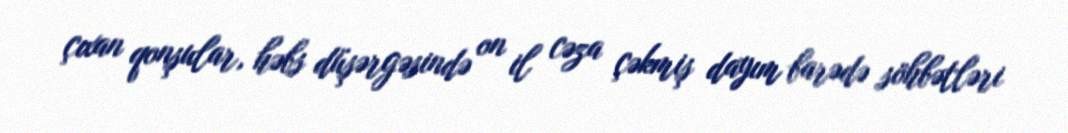
çıxan qonşular, həbs düşərgəsində on il cəza çəkmiş dayım barədə söhbətləri